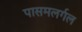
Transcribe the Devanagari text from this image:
पासमलर्गल